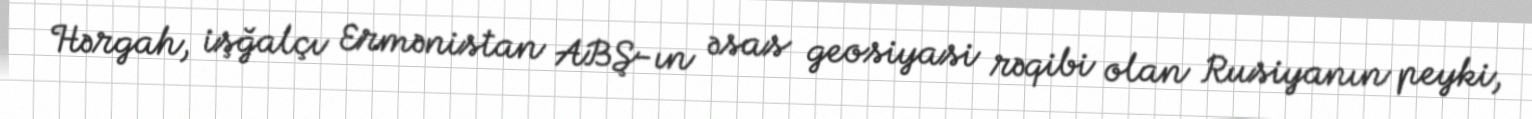
Hərgah, işğalçı Ermənistan ABŞ-ın əsas geosiyasi rəqibi olan Rusiyanın peyki,